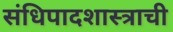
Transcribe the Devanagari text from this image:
संधिपादशास्त्राची